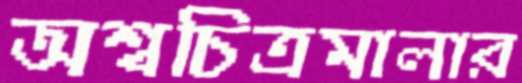
অশ্বচিত্রমালার